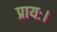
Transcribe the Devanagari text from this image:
प्रायः।